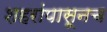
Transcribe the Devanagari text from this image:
शहरांपासूनच